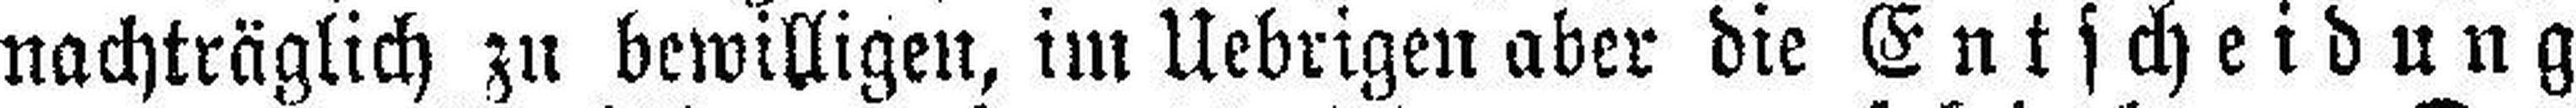
nachträglich zu bewilligen, im Uebrigen aber die Entscheidung